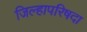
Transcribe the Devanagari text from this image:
जिल्हापरिषदा